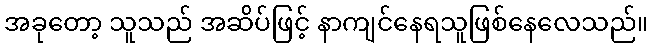
အခုတော့ သူသည် အဆ်ိပ်ဖြင့် နာကျင်နေရသူဖြစ်နေလေသည်။